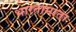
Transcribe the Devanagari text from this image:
भारतामाता